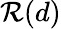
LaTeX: \mathcal{R}(d)